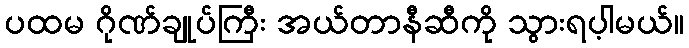
ပထမ ဂိုဏ်ချုပ်ကြီး အယ်တာနီဆီကို သွားရပ့ါမယ်။